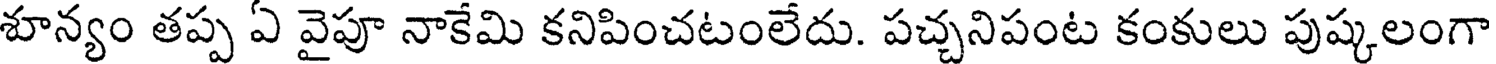
శూన్యం తప్ప ఏ వైపూ నాకేమి కనిపించటంలేదు. పచ్చనిపంట కంకులు పుష్కలంగా